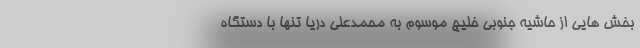
بخش هایی از حاشیه جنوبی خلیج موسوم به محمدعلی دریا تنها با دستگاه